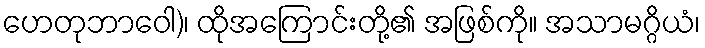
ဟေတုဘာဝေါ)၊ ထိုအကြောင်းတို့၏ အဖြစ်ကို။ အသာမဂ္ဂိယံ၊